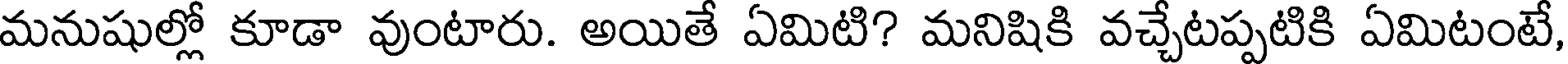
మనుషుల్లో కూడా వుంటారు. అయితే ఏమిటి? మనిషికి వచ్చేటప్పటికి ఏమిటంటే